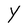
Character: Y